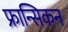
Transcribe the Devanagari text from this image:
फ्रान्सिकन